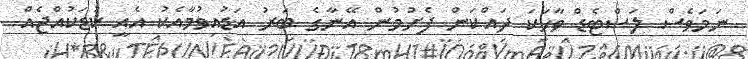
ނަމަވެސް ލަސްޓެޑް ވާހަކަ ދައްކަން ފެށުމުން އޭނާގެ ބަރު އަޑުއިވުމާއެކު އެއީ ކުޑަކުއްޖެއް